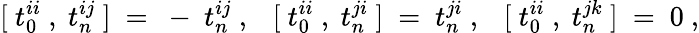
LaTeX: [~t_{0}^{ii}~,~t_{n}^{ij}~]~=~-~t_{n}^{ij}~,~~~[~t_{0}^{ii}~,~t_{n}^{ji}~]~=~t_{n}^{ji}~,~~~[~t_{0}^{ii}~,~t_{n}^{jk}~]~=~0~,